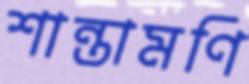
শান্তামণি